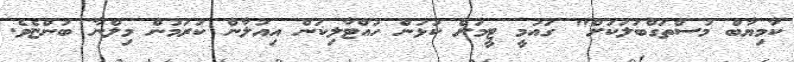
ކާމިޔާބް މުސްތަގްބަލަކަށް" ގައުމީ ޓީމަށް ކުޅުން ހުއްޓާލިކަން އިއުލާން ކުރަމުން މިލްނާ ބުންޏެވެ.